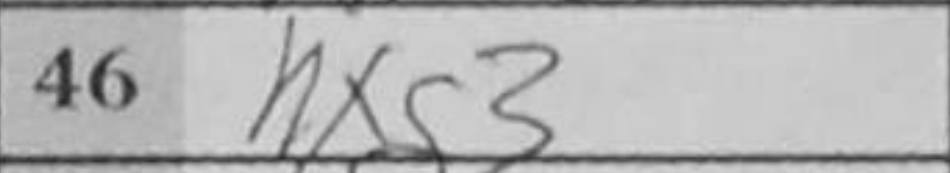
Transcription: hxg3